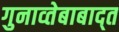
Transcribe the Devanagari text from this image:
गुनाव्तेबाबाद्त